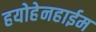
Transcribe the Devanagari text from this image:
हयोहेनहाईम